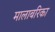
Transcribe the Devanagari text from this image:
मालाबरिका